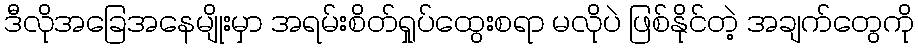
ဒီလိုအခြေအနေမျိုးမှာ အရမ်းစိတ်ရှုပ်ထွေးစရာ မလိုပဲ ဖြစ်နိုင်တဲ့ အချက်တွေကို